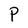
Character: P